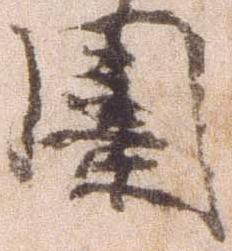
囲